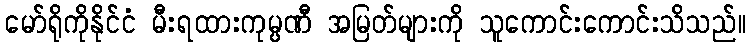
မော်ရိုကိုနိုင်ငံ မီးရထားကုမ္ပဏီ အမြတ်များကို သူကောင်းကောင်းသိသည်။